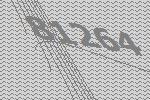
81264